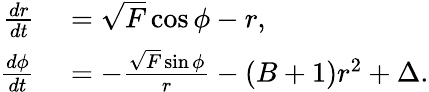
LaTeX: \begin{array}{rl}{\frac{dr}{dt}}&{{}=\sqrt{F}\cos{\phi}-r,}\\ {\frac{d\phi}{dt}}&{{}=-\frac{\sqrt{F}\sin{\phi}}{r}-\left(B+1\right)r^{2}+\Delta.}\end{array}